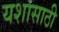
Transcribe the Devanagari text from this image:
यशासाठी